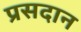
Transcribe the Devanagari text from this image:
प्रसदान